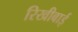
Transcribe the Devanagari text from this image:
रिखीबाई